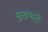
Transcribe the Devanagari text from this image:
मुखभरी